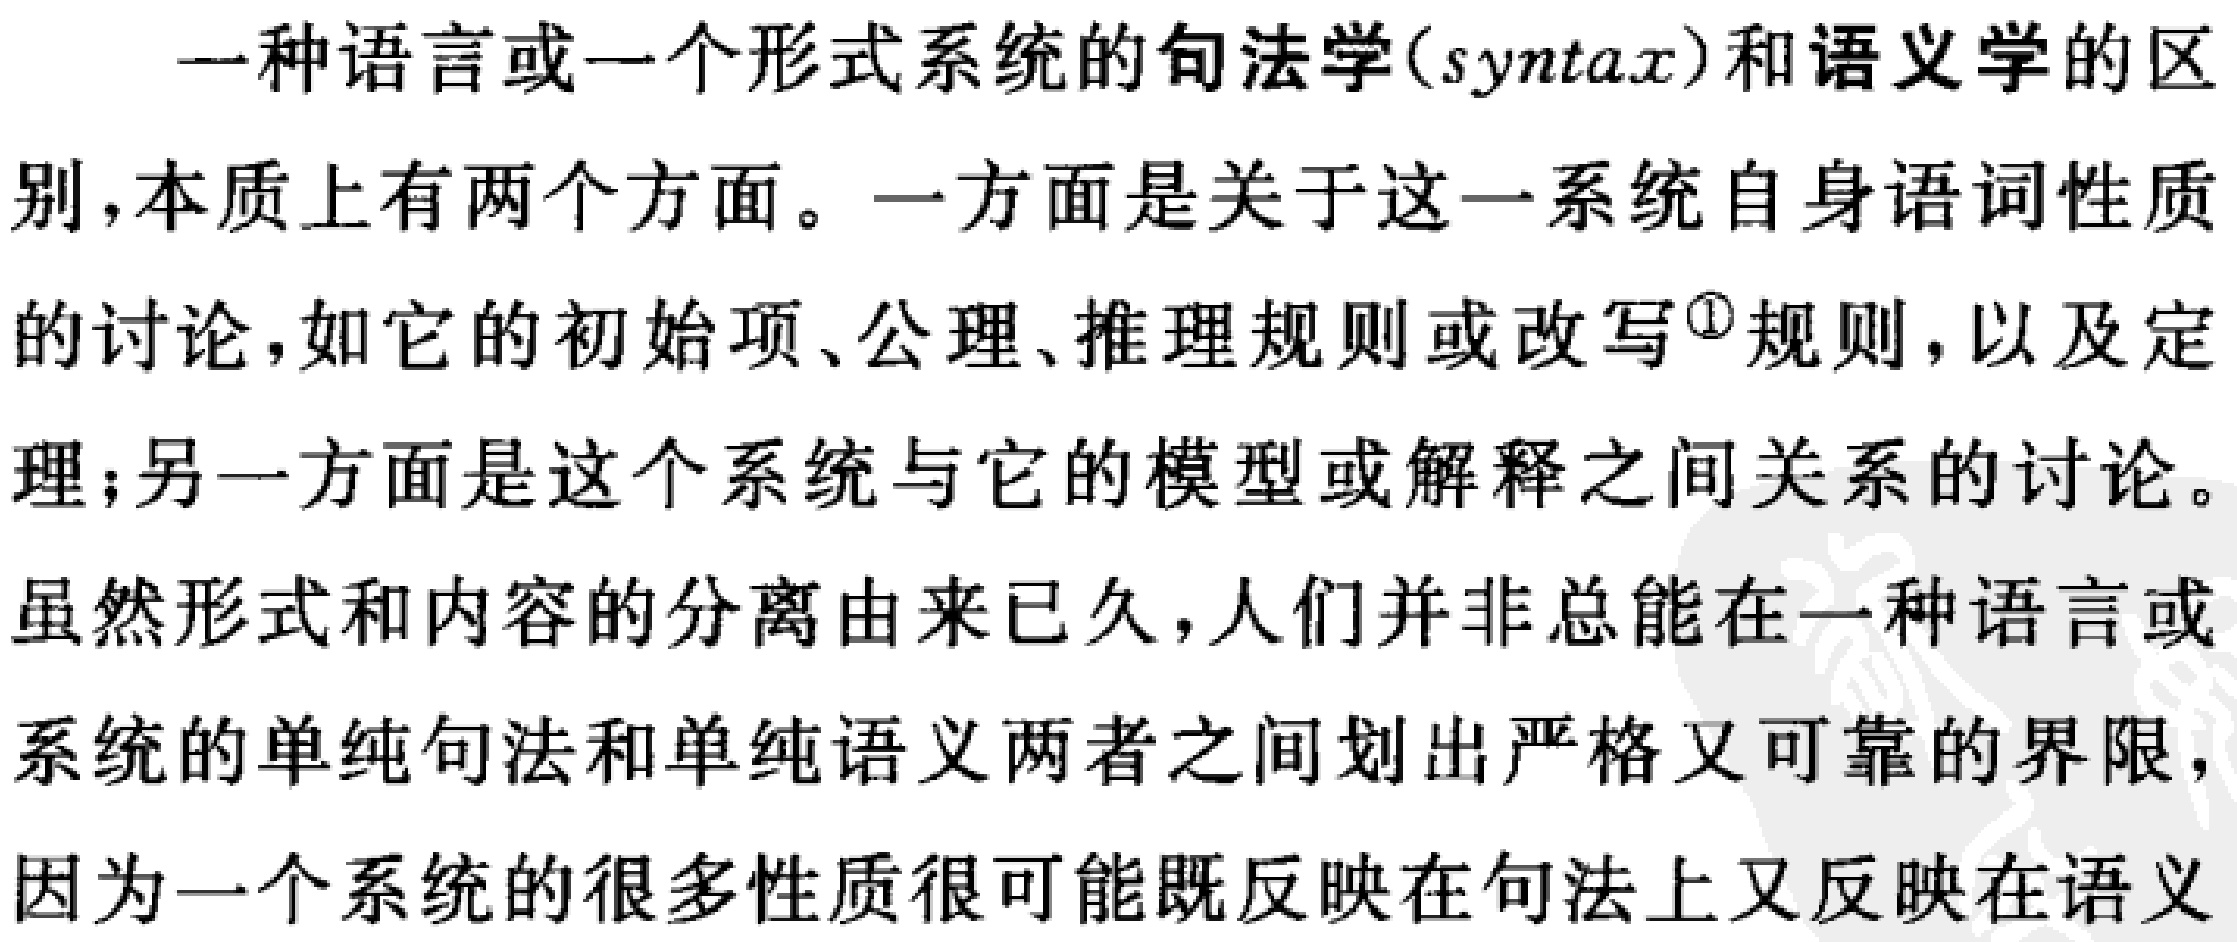
一种语言或一个形式系统的句法学(syntax)和语义学的区
别,本质上有两个方面。一方面是关于这一系统自身语词性质
的讨论,如它的初始项、公理、推理规则或改写\textsuperscript{\textcircled{1}}规则，以及定
理;另一方面是这个系统与它的模型或解释之间关系的讨论。
虽然形式和内容的分离由来已久,人们并非总能在一种语言或
系统的单纯句法和单纯语义两者之间划出严格又可靠的界限，
因为一个系统的很多性质很可能既反映在句法上又反映在语义